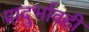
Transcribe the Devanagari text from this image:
प्रादुर्भावही